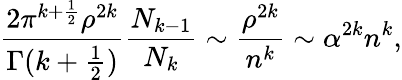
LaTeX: \frac{2\pi^{k+\frac{1}{2}}\rho^{2k}}{\Gamma(k+\frac{1}{2})}\frac{N_{k-1}}{N_{k}}\sim\frac{\rho^{2k}}{n^{k}}\sim\alpha^{2k}n^{k},